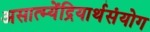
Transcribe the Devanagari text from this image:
असात्म्येंद्रियार्थसंयोग